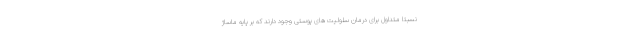
نسبتا متداول برای درمان سلولیت های پوستی وجود دارند که بر پایه ماساژ